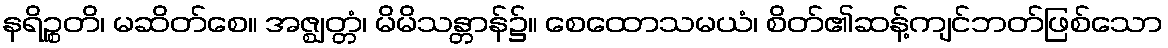
နရိဉ္စတိ၊ မဆိတ်စေ။ အဇ္ဈတ္တံ၊ မိမိသန္တာန်၌။ စေထောသမယံ၊ စိတ်၏ဆန့်ကျင်ဘတ်ဖြစ်သော